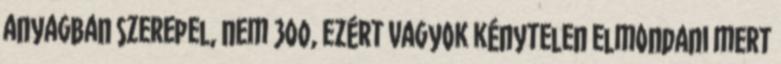
anyagban szerepel, nem 300, ezért vagyok kénytelen elmondani mert